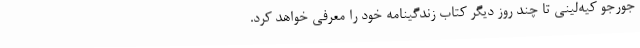
جورجو کیه‌لینی تا چند روز دیگر کتاب زندگینامه خود را معرفی خواهد کرد.